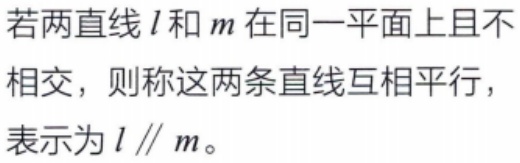
若两直线\(l\)和\(m\)在同一平面上且不相交，则称这两条直线互相平行，表示为\(l \parallel m\)。